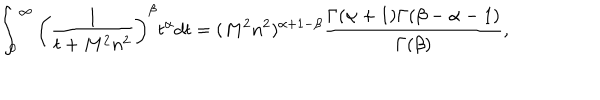
\int _ { 0 } ^ { \infty } \left( \frac { 1 } { t + M ^ { 2 } n ^ { 2 } } \right) ^ { \beta } t ^ { \alpha } d t = ( M ^ { 2 } n ^ { 2 } ) ^ { \alpha + 1 - \beta } \frac { \Gamma ( \alpha + 1 ) \Gamma ( \beta - \alpha - 1 ) } { \Gamma ( \beta ) } ,